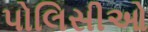
પોલિસીઓ